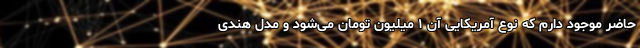
حاضر موجود دارم که نوع آمریکایی آن ۱ میلیون تومان می‌شود و مدل هندی